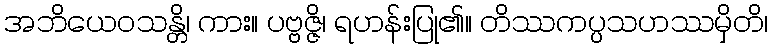
အဘိယေဝသန္တိ၊ ကား။ ပဗ္ဗဇ္ဇိ၊ ရဟန်းပြု၏။ တိဿကပ္ပသဟဿမှိတိ၊